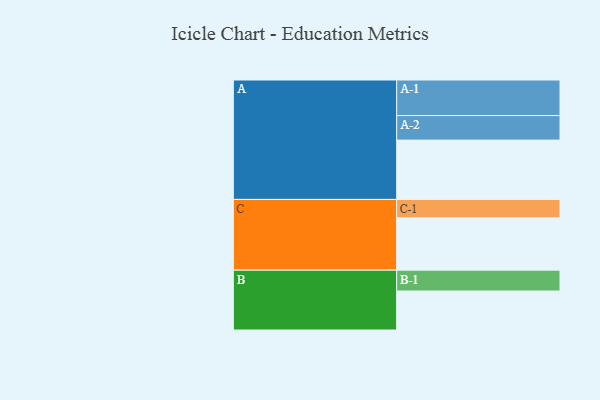
{"axis": {"x": "Segment", "y": "Value"}, "legend": ["", "A", "B", "C"], "data": [{"x": "A", "y": 464, "type": ""}, {"x": "B", "y": 305, "type": ""}, {"x": "C", "y": 409, "type": ""}, {"x": "A-1", "y": 278, "type": "A"}, {"x": "A-2", "y": 192, "type": "A"}, {"x": "B-1", "y": 163, "type": "B"}, {"x": "C-1", "y": 144, "type": "C"}]}